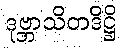
ဒုဗ္ဘာသိတဒိဋ္ဌိ